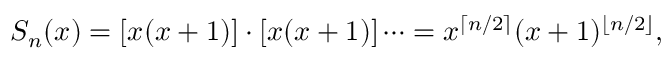
S _ { n } ( x ) = [ x ( x + 1 ) ] \cdot [ x ( x + 1 ) ] \cdots = x ^ { \lceil n / 2 \rceil } ( x + 1 ) ^ { \lfloor n / 2 \rfloor } ,